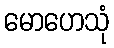
မောဟေသုံ